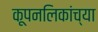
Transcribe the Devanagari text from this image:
कूपनलिकांच्या